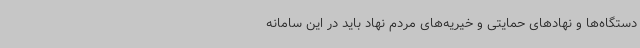
دستگاه‌ها و نهادهای حمایتی و خیریه‌های مردم نهاد باید در این سامانه